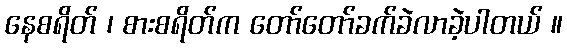
နေစရိတ် ၊ စားစရိတ်က တော်တော်ခက်ခဲလာခဲ့ပါတယ် ။